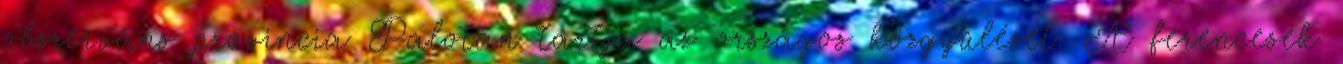
obszerváns provincia Palotán tartja az országos közgyűlését. A ferencesek